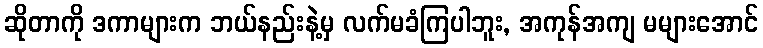
ဆိုတာကို ဒကာများက ဘယ်နည်းနဲ့မှ လက်မခံကြပါဘူး, အကုန်အကျ မများအောင်